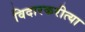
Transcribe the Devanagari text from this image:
विदारकरीत्या